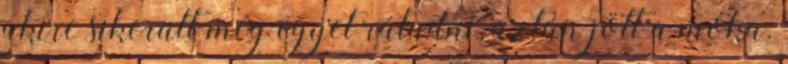
akire sikerült még egyet rátudni, aztán jött a móka.